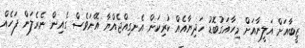
ޒީބާއަށް އަލީނާއަށް މިހާއަގުބޮޑު ހަދިޔާއެއް ކުރިކަން އެނގިއްޖެއްޔާ އޭނަވެސް ގެއިން ނެރެލަން ފަހެއް